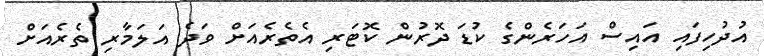
އުދުހިފައި އައިސް އަހަރެންގެ ކުޑަ ދޮރުން ކޮޓަރި އެތެރެއަށް ވަދެ އަލަމާރި ތެރެއަށް